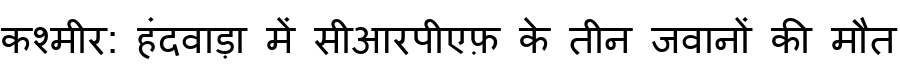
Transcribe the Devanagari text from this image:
कश्मीर: हंदवाड़ा में सीआरपीएफ़ के तीन जवानों की मौत